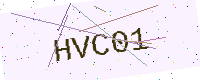
Text: HVC01